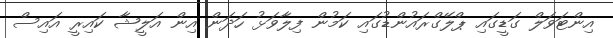
އިންޓަވަލް ގަޑީގައި ޕްލޭގްރައުންޑުގައި ކަމުން ފިލާވަޅުު ހަދަން އިން އަލީޝާ ކައިރީ އައިސް